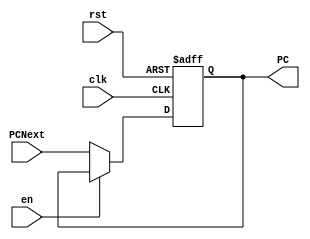
`define PCDefault 32'd0

module PC_Register(clk, rst, en, PCNext, PC);
    input clk, rst, en;
    input [31:0] PCNext;
    output reg [31:0] PC;

    always @(posedge clk or posedge rst) begin
        if (rst)
            PC = `PCDefault;
        else if(~en)
            PC = PCNext;
    end

endmodule